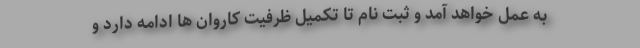
به عمل خواهد آمد و ثبت نام تا تکمیل ظرفیت کاروان ها ادامه دارد و